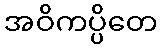
အဝိကပ္ပိတေ